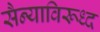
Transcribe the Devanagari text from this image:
सैन्याविरूध्द